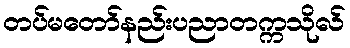
တပ်မတော်နည်းပညာတက္ကသိုလ်